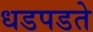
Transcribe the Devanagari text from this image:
धडपडते